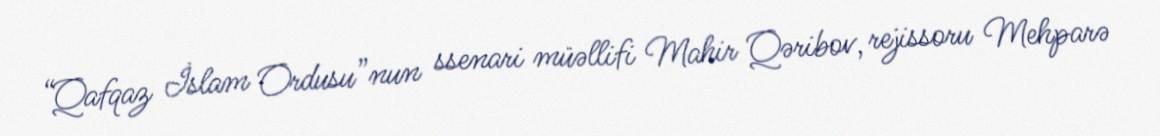
“Qafqaz İslam Ordusu”nun ssenari müəllifi Mahir Qəribov, rejissoru Mehparə